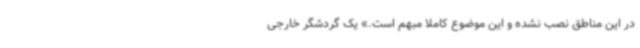
در این مناطق نصب نشده و این موضوع کاملا مبهم است.» یک گردشگر خارجی